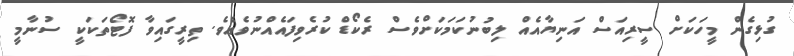
ގުޅިގެން މީހަކަށް ސީރިއަސް އަނިޔާއެއް ލިބުނުކަމަކަށްވެސް ރެކޯޑް ކުރެވިފައެއްނުވެއެވެ. ތިރީގައިވާ ފޮޓޯތަކަކީ ސުނާމީ